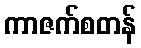
ကာဇက်စတန်